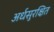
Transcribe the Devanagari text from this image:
अर्धसुरक्षित